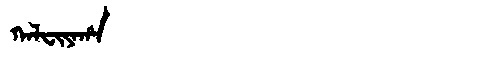
Manchu: ᡴᠠᠯᠸᡳᠶᠠᡥᠠ
Romanization: KALFIYAHA